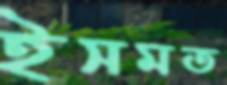
ইসমত